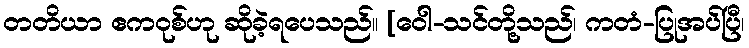
တတိယာ ဧကဝုစ်ဟု ဆိုခဲ့ရပေသည်။ [ဝေါ-သင်တို့သည်၊ ကတံ-ပြုအပ်ပြီ၊